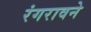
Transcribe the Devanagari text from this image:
रंगरावने